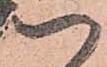
以